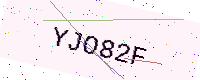
Text: YJO82F